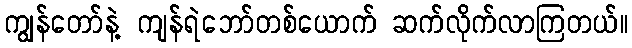
ကျွန်တော်နဲ့ ကျန်ရဲဘော်တစ်ယောက် ဆက်လိုက်လာကြတယ်။